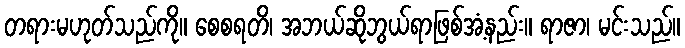
တရားမဟုတ်သည်ကို။ စေစရတိ၊ အဘယ်ဆိုဘွယ်ရာဖြစ်အံ့နည်း။ ရာဇာ၊ မင်းသည်။